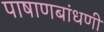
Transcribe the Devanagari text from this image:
पाषाणबांधणी